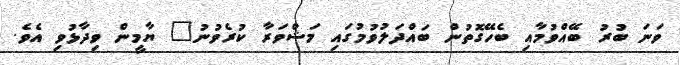
ވަނަ ބުރު ބޭއްވުމާއި ބެހޭގޮތުން ބައްދަލުވުމުގައި މަޝްވަރާ ކުރެވުނު" ޔާމީން ވިދާޅުވި އެވެ.